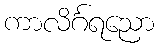
ကာလိင်္ဂရညော